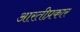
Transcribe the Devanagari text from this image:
आरतीप्रकार